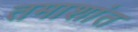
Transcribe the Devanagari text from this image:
तमाशांत